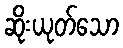
ဆိုးယုတ်သော